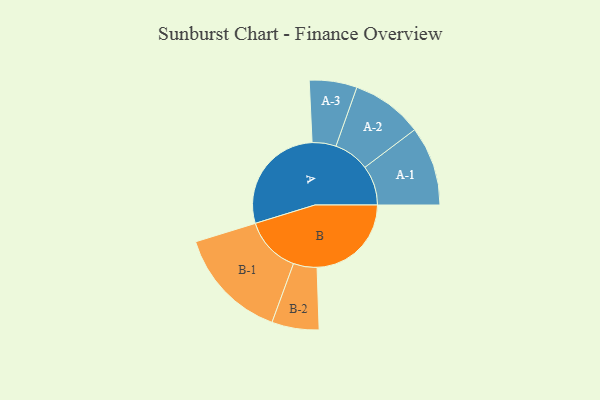
{"axis": {"x": "Segment", "y": "Value"}, "legend": ["", "A", "B"], "data": [{"x": "A", "y": 479, "type": ""}, {"x": "B", "y": 404, "type": ""}, {"x": "A-1", "y": 170, "type": "A"}, {"x": "A-2", "y": 153, "type": "A"}, {"x": "A-3", "y": 102, "type": "A"}, {"x": "B-1", "y": 242, "type": "B"}, {"x": "B-2", "y": 101, "type": "B"}]}